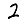
Digit: 2